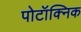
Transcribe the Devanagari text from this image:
पोटॉक्निक